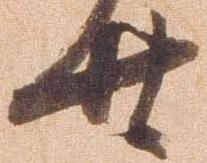
廿